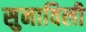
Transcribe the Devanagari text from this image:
सुनाविली